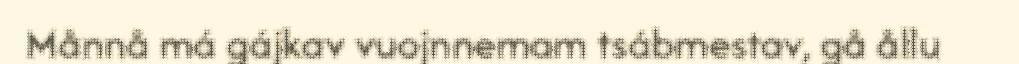
Månnå má gájkav vuojnnemam tsábmestav, gå ållu